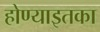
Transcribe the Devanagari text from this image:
होण्याइतका